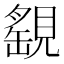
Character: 𧡾